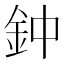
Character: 鈡